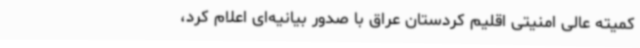
کمیته عالی امنیتی اقلیم کردستان عراق با صدور بیانیه‌ای اعلام کرد،